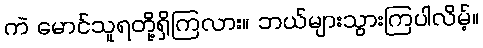
ကဲ မောင်သူရတို့ရှိကြလား။ ဘယ်များသွားကြပါလိမ့်။